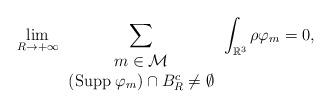
LaTeX: \begin{align*} \mathop{\lim}_{R\to +\infty} \sum_{\begin{array}{c} m\in \mathcal M\\ ({\rm Supp} \; \varphi_m) \cap B_R^c \neq \emptyset \\ \end{array} } \int_{\mathbb{R}^3} \rho \varphi_m = 0, \end{align*}